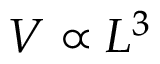
V \propto L ^ { 3 }